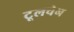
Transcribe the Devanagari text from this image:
टूलचेन